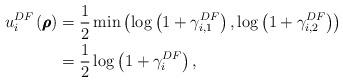
LaTeX: \begin{align*}u_i^{DF}\left( \pmb \rho \right) &=\frac{1}{2}\min \left( {\log \left( {1 + \gamma _{i,1}^{DF}} \right),\log \left( {1 + \gamma _{i,2}^{DF}} \right)} \right)\\&=\frac{1}{2}\log \left( {1 + \gamma _i^{DF}}\right) ,\end{align*}